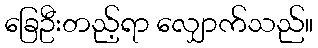
ခြေဦးတည့်ရာ လျှောက်သည်။